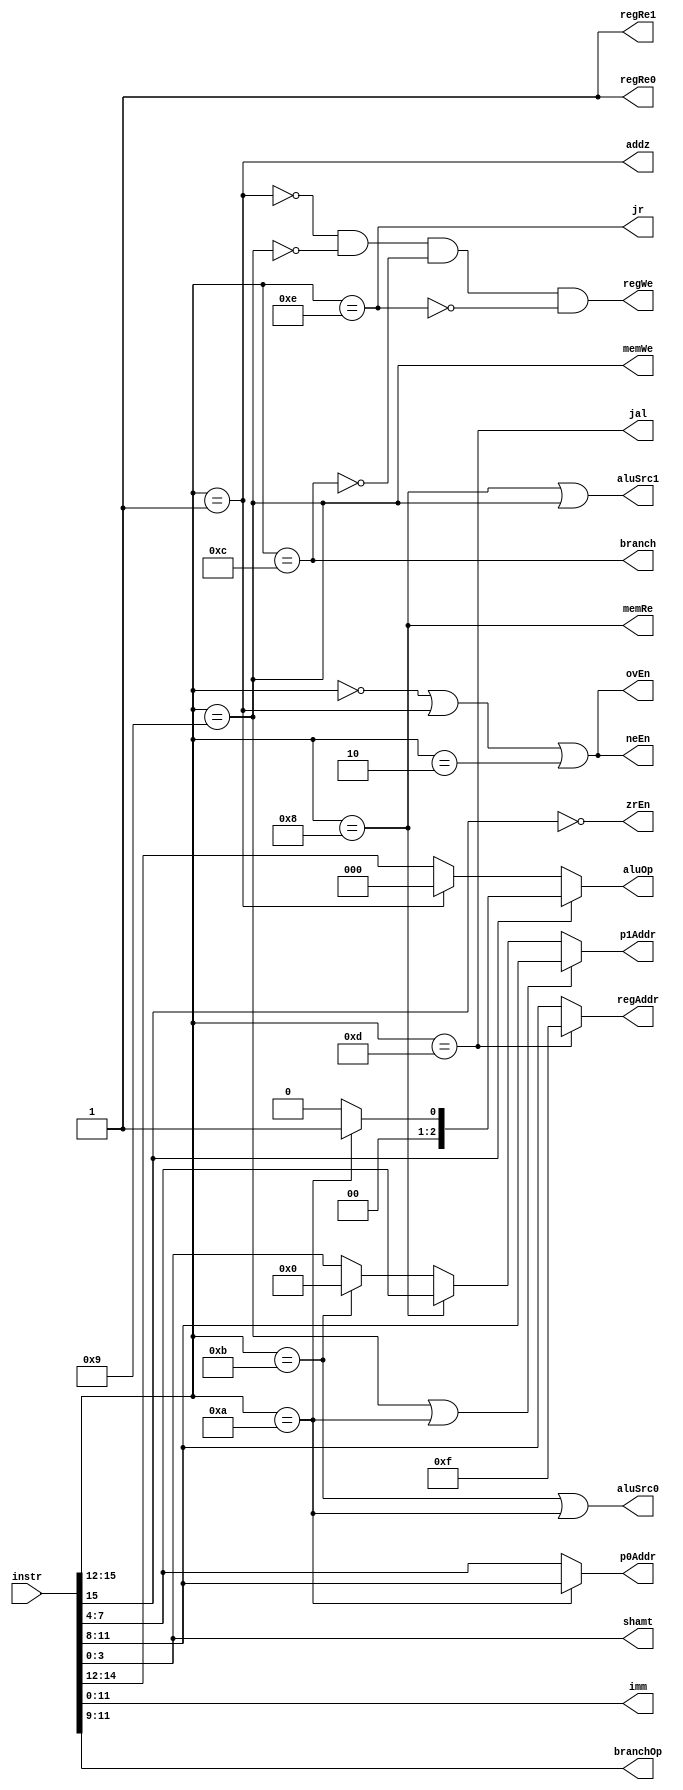
module ID(instr, imm, p0Addr, p1Addr, regAddr, shamt, aluOp, branchOp, regRe0, regRe1, regWe, memRe, memWe, addz, branch, jal, jr, aluSrc0, aluSrc1, ovEn, zrEn, neEn);

  input [15:0] instr;

  output [11:0] imm;
  output [3:0] p0Addr, p1Addr, regAddr, shamt;
  output [2:0] aluOp, branchOp;

  // Control signals
  output regRe0, regRe1, regWe, memRe, memWe, addz, branch, jal, jr, aluSrc0, aluSrc1, ovEn, zrEn, neEn;
  
  // ALU func for ADD
  localparam aluAdd = 3'b000;
  // ALU func for specified load byte
  localparam aluLhb = 3'b001;
  // ALU func needed for loading and storing(add offset)
  localparam aluLwSw = 3'b000;

  // Control instruction signals; ALU independant signals
  assign add = instr[15:12] == 4'b0000;
  assign addz = instr[15:12] == 4'b0001;
  assign sub = instr[15:12] == 4'b0010;
  assign lw = instr[15:12] == 4'b1000;
  assign sw = instr[15:12] == 4'b1001;
  assign lhb = instr[15:12] == 4'b1010;
  assign llb = instr[15:12] == 4'b1011;
  assign branch = instr[15:12] == 4'b1100;
  assign jal = instr[15:12] == 4'b1101;
  assign jr = instr[15:12] == 4'b1110;

  assign imm = instr[11:0];

  // Set src0 register address as normal unless it's LHB                                                 
  assign p0Addr = lhb ? instr[11:8] : instr[7:4];

  // For LW and SW p1 addr is different, but for ALU Ops it should be the last 4 bits
  assign p1Addr = (sw | lhb) ? instr[11:8] : (lw ? instr[7:4] : (llb ? 4'h0: instr[3:0]));
  
  /*
    if(jal)
      R15
    else if(branch)
      R0
    else
      Grab from instruction
  */
  assign regAddr = jal ? 4'hf:
                   instr[11:8];
  
  // For SLL, SRL, and SRA use the immediate bits normallly
  assign shamt = instr[3:0];
  
  // All re are always on
  assign {regRe0, regRe1} = {1'b1, 1'b1};
  
  // Set we and memwe
  assign regWe = !addz & !sw & !branch & !jr;  // Everything except these
  
  assign memRe = lw;
  assign memWe = sw;
  
  // Should the flags be updated after EX
  assign ovEn = add | addz | sub;
  assign zrEn = !instr[15];
  assign neEn = ovEn;

  // src1 for LLB and LHB should come from the immediate bits
  assign aluSrc0 = llb | lhb; 
  assign aluSrc1 = lw | sw;
   
  assign branchOp = instr[11:9]; // Which branch type?
   
  /* Sets ALU function: 
      
      if(instruction starts with zero)
        if(func is addz)
          change to add (same alu operation)
        else
          pass the bitmask from the instruction through
      else if(func is lhb)
        pass through lhb bitmask
      else if(func is llb)
        pass through llb bitmask
      else if(branch)
        anything that isn't add or sub (so it won't set flags), 
        doesn't matter what because it will be written to R0    
      else
        pass through 000 (lw, sw)
  */
  assign aluOp = !instr[15] ? (addz ? aluAdd : instr[14:12]) : 
                lhb ?  aluLhb : 
                llb ?  aluAdd :
                3'b000; // lw and sw are included in this, as they use add op
  
endmodule